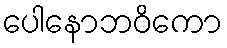
ပေါနောဘဝိကော